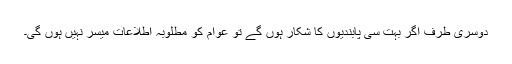
دوسری طرف اگر بہت سی پابندیوں کا شکار ہوں گے تو عوام کو مطلوبہ اطلاعات میّسر نہیں ہوں گی۔